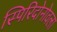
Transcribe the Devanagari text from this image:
स्पिरिदोनोवला